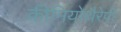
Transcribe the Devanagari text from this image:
कीमियोथैरेपी